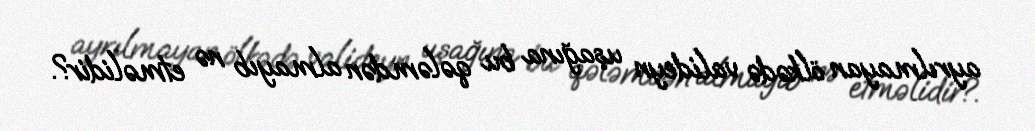
ayrılmayan ölkədə valideyn uşağına bu qələmdən almayıb nə etməlidir?.